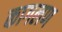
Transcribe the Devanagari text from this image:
कागलण